Annual report of the Imperial Bacteriological Laboratory, Muktesar
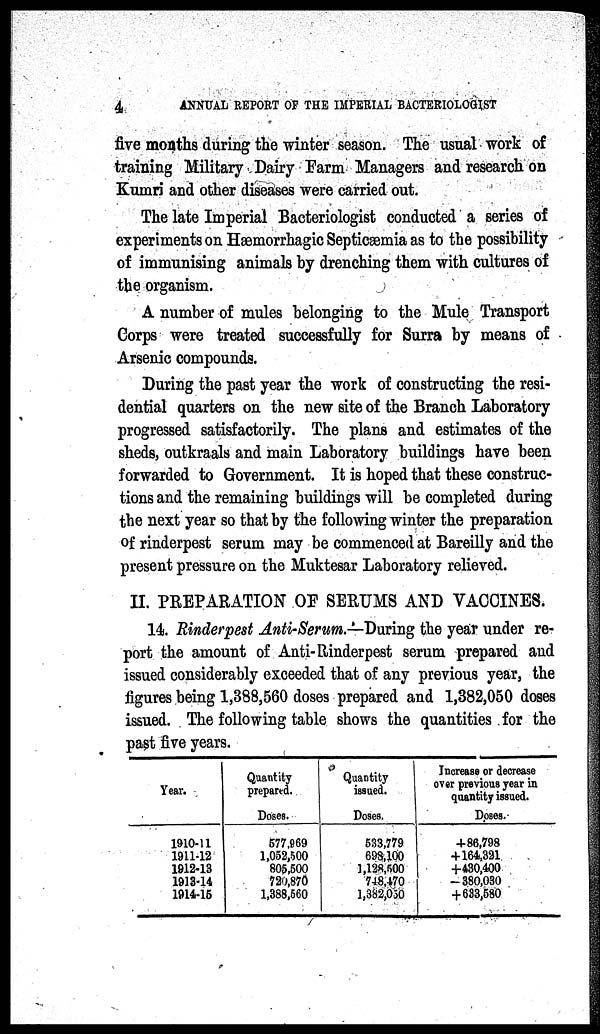
4
ANNUAL REPORT OF THE IMPERIAL BACTERIOLOGIST
five months during the winter season. The usual work of
training Military Dairy Farm Managers and research on
Kumri and other diseases were carried out.
The late Imperial Bacteriologist conducted a series of
experiments on Hæmorrhagic Septicæmia as to the possibility
of immunising animals by drenching them with cultures of
the organism.
A number of mules belonging to the Mule Transport
Corps were treated successfully for Surra by means of
Arsenic compounds.
During the past year the work of constructing the resi-
dential quarters on the new site of the Branch Laboratory
progressed satisfactorily. The plans and estimates of the
sheds, outkraals and main Laboratory buildings have been
forwarded to Government. It is hoped that these construc-
tions and the remaining buildings will be completed during
the next year so that by the following winter the preparation
of rinderpest serum may be commenced at Bareilly and the
present pressure on the Muktesar Laboratory relieved.
II. PREPARATION OF SERUMS AND VACCINES.
14. Rinderpest Anti-Serum.—During the year under re-
port the amount of Anti- Rinderpest serum prepared and
issued considerably exceeded that of any previous year, the
figures being 1,388,560 doses prepared and 1,382,050 doses
issued. The following table shows the quantities for the
past five years.
Year.
1910-11
1911-12
1912-13
1913-14
1914-15
Quantity
prepared.
Doses.
577,969
1,052,500
805,500
720,870
1,388,560
Quantity
issued.
Doses.
533,779
698,100
1,128,500
748,470
1,382,050
Increase or decrease
over previous year in
quantity issued.
Doses.
+86,798
+164,321
+430,400
-380,030
+633,580